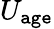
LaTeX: U_{\texttt{age}}